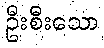
ဦးစီးသော